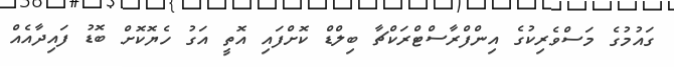
ގައުމުގެ މަސްވެރިކުގެ އިންފްރާސްޓްރަކްޗާ ބިލްޑް ކޮށްފައި އޮތީ އަގު ހެޔޮކޮށް ބޮޑު ފައިދާއެއް